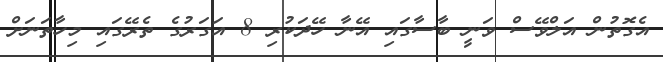
އެގޮތުން އަލްވޭސް ވަނީ ބާސާގައި އޭނާ ހޭދަކުރި 8 އަގަރުގެ ތެރޭގައި މިހާތަނަށް